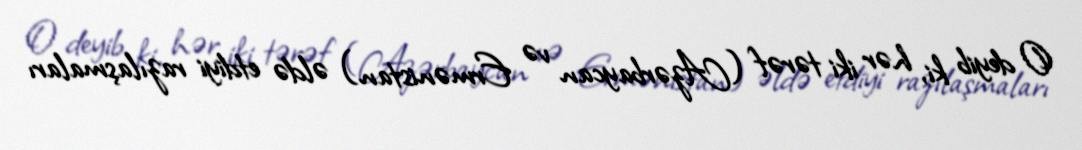
O deyib ki, hər iki tərəf (Azərbaycan və Ermənistan) əldə etdiyi razılaşmaları